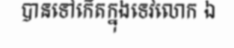
បានទៅកើតក្នុងទេវលោក ឯ